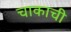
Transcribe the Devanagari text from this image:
चाकाची